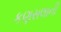
કણસલાની